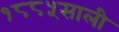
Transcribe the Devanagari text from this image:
१८८५साली